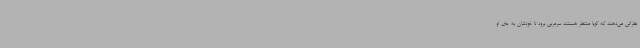
نظراتی می‌دهند که گویا منتظر هستند سرمربی برود تا خودشان به جای او